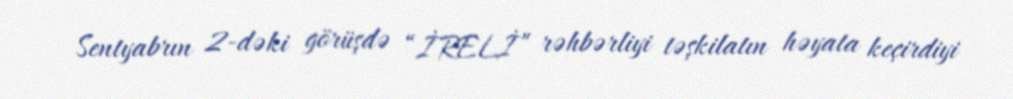
Sentyabrın 2-dəki görüşdə “İRELİ” rəhbərliyi təşkilatın həyata keçirdiyi